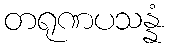
တရုဏပသန္နံ